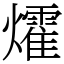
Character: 㸌